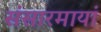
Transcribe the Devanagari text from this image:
संसारमायां